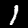
Label: 1